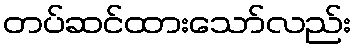
တပ်ဆင်ထားသော်လည်း